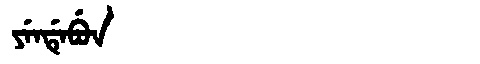
Manchu: ᠶᡝᠨᡩᡝᠪᡠᠨ
Romanization: YENDEBUN